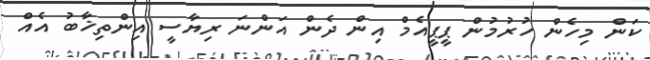
ކަން މިހެން ހުރުމުން ޕީޕީއެމް އިން ދެން އަންނަ ރިޔާސީ އިންތިޚާބު އެއް